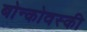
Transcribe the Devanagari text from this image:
बोन्कोवस्की